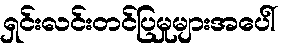
ရှင်းလင်းတင်ပြမှုများအပေါ်